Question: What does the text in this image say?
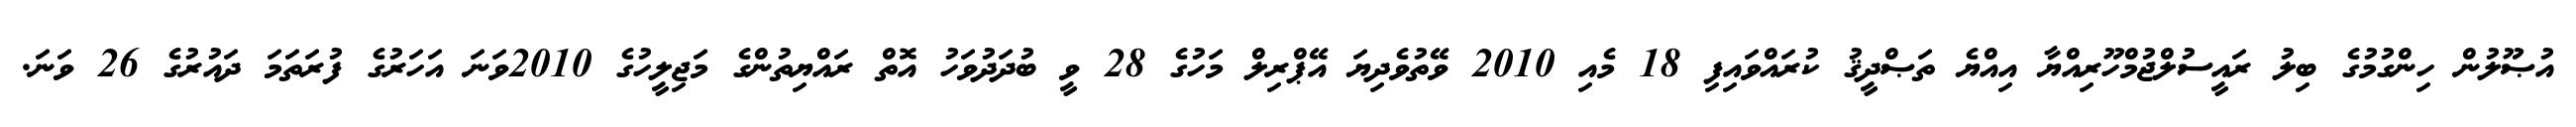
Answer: އުޞޫލުން ހިންގުމުގެ ބިލު ރައީސުލްޖުމްހޫރިއްޔާ އިއްޔެ ތަޞްދީޤު ކުރައްވައިފި 18 މެއި 2010 ވޭތުވެދިޔަ އޭޕްރިލް މަހުގެ 28 ވީ ބުދަދުވަހު އޮތް ރައްޔިތުންގެ މަޖިލީހުގެ 2010ވަނަ އަހަރުގެ ފުރަތަމަ ދައުރުގެ 26 ވަނަ.